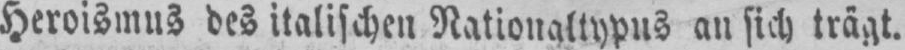
Heroismus des italischen Nalionaltypus an sich trägt.